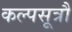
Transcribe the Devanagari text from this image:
कल्पसूत्रौं